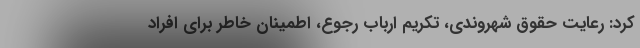
کرد: رعایت حقوق شهروندی، تکریم ارباب رجوع، اطمینان خاطر برای افراد